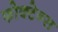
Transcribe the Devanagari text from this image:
फोक्टेन्स